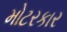
મોટરકાર